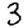
Digit: 3